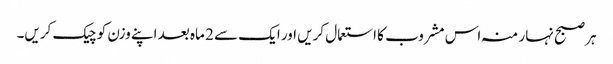
ہر صبح نہار منہ اس مشروب کا استعمال کریں اور ایک سے 2 ماہ بعد اپنے وزن کو چیک کریں۔